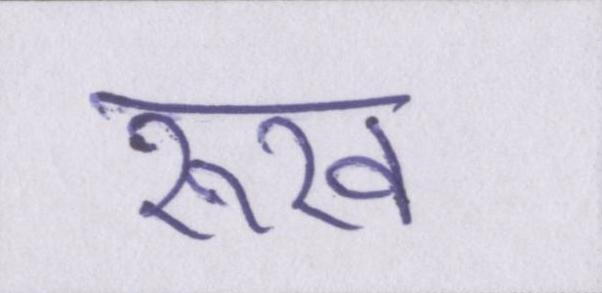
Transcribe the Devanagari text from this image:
रूख